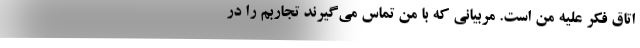
اتاق فکر علیه من است. مربیانی که با من تماس می‌گیرند تجاربم را در